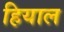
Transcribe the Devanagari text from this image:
हियाल